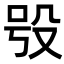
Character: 𣪆